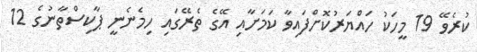
ކުރެވޭ 19 މީހަކު ހައްޔަރުކޮށްފައިވާ ކަމަށާއި އޭގެ ތެރޭގައި ހިމެނެނީ ޕާކިސްތާނުގެ 12